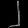
Digit: ၂